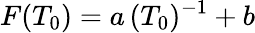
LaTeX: F(T_{0})=a\, (T_{0})^{-1}+b